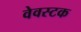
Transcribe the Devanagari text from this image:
वेवस्टक